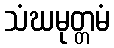
သံဃမုတ္တမံ